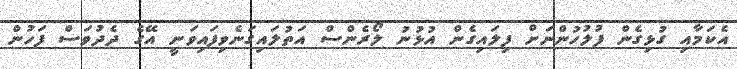
އެކަމާއި ގުޅިގެން ފުލުހުންނަށް ފިލައިގެން އުޅުނު ލޯރެންސް އަތުލައިގަނެވިފައިވަނީ އޭގެ ދެދުވަސް ފަހުން